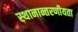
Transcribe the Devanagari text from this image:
स्थानान्तरणीयता